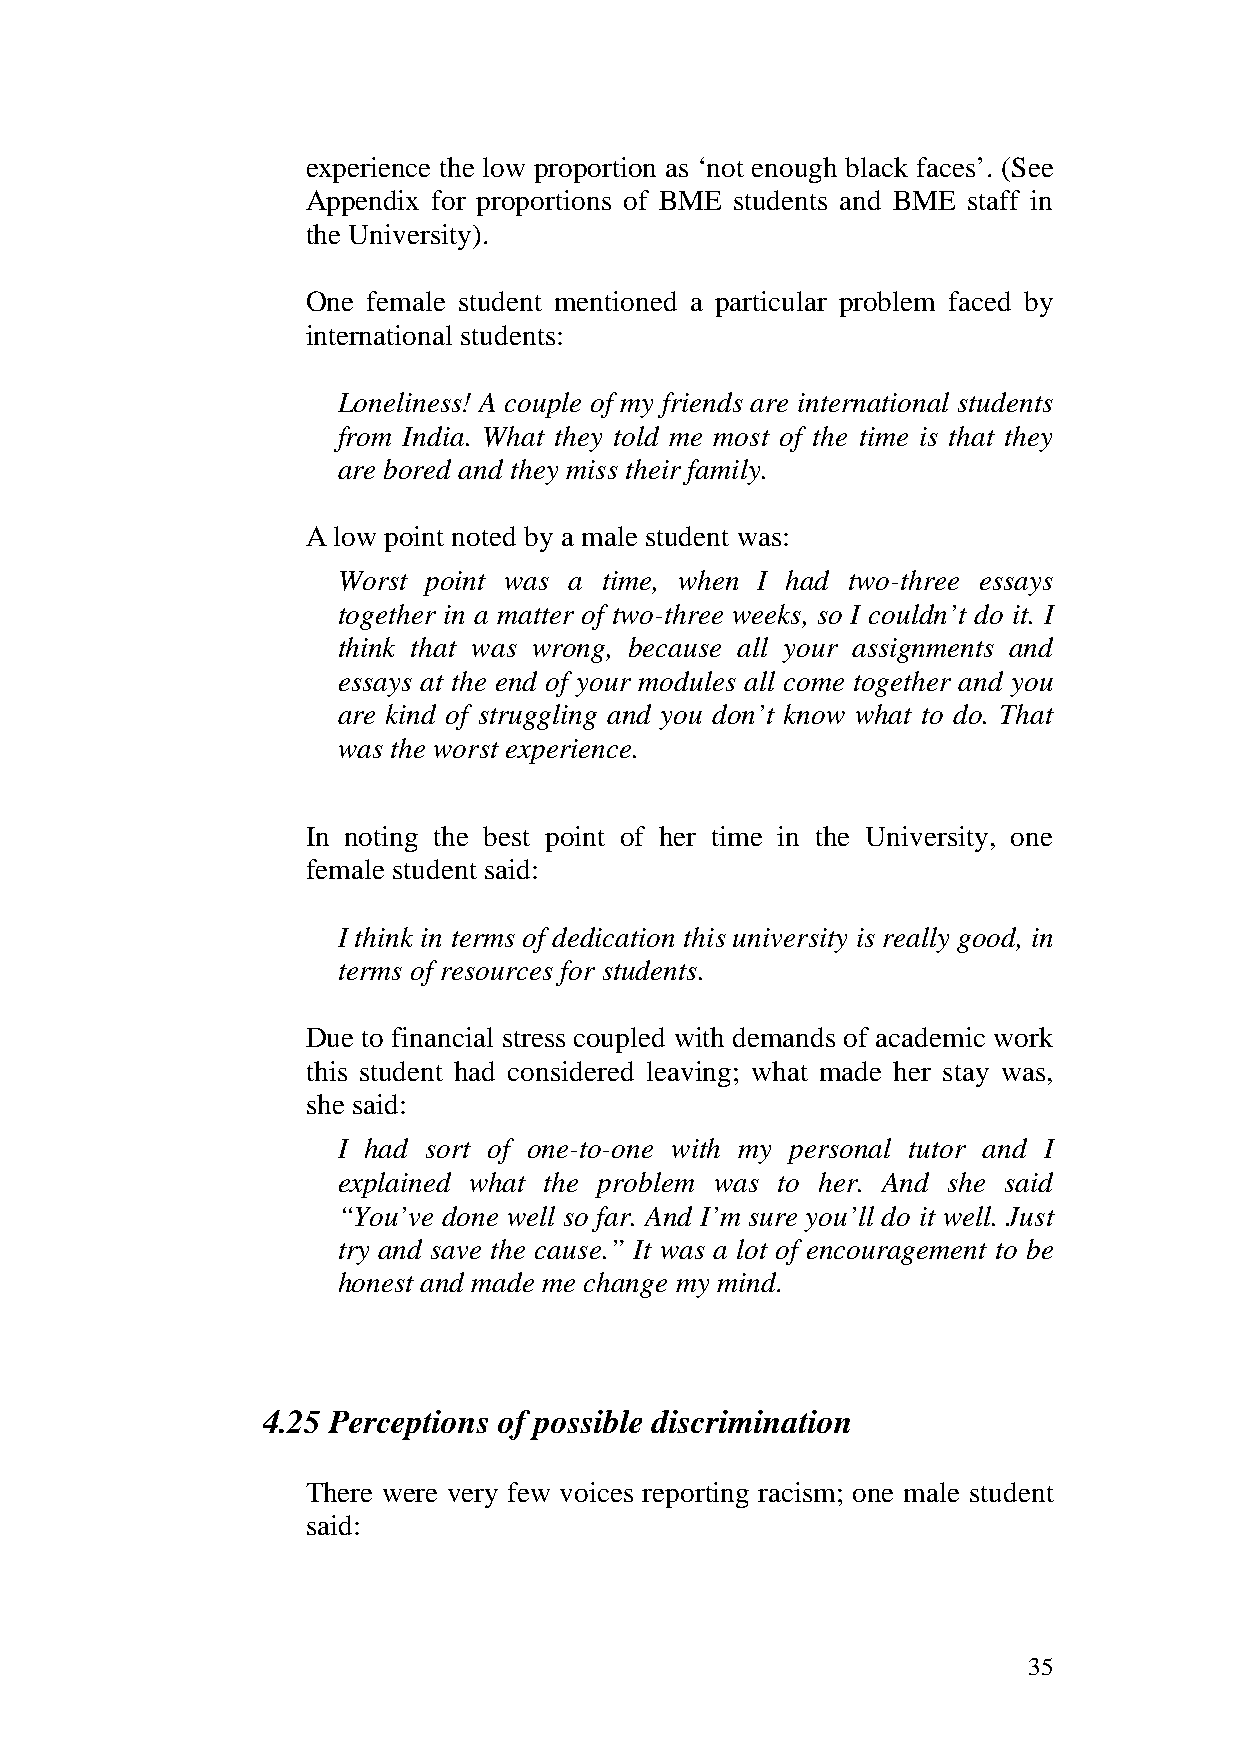
experience the low proportion as ‘not enough black faces’. (See
 Appendix for proportions of BME students and BME staff in
 the University).
 One female student mentioned a particular problem faced by
 international students:
 Loneliness! A couple of my friends are international students
 from India. What they told me most of the time is that they
 are bored and they miss their family.
 A low point noted by a male student was:
 Worst point was a time, when I had two-three essays
 together in a matter of two-three weeks, so I couldn’t do it. I
 think that was wrong, because all your assignments and
 essays at the end of your modules all come together and you
 are kind of struggling and you don’t know what to do. That
 was the worst experience.
 In noting the best point of her time in the University, one
 female student said:
 I think in terms of dedication this university is really good, in
 terms of resources for students.
 Due to financial stress coupled with demands of academic work
 this student had considered leaving; what made her stay was,
 she said:
 I had sort of one-to-one with my personal tutor and I
 explained what the problem was to her. And she said
 “You’ve done well so far. And I’m sure you’ll do it well. Just
 try and save the cause.” It was a lot of encouragement to be
 honest and made me change my mind.
 4.25 Perceptions of possible discrimination
 There were very few voices reporting racism; one male student
 said:
 35